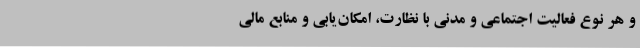
و هر نوع فعالیتِ اجتماعی و مدنی با نظارت، امکان‌یابی و منابع مالی